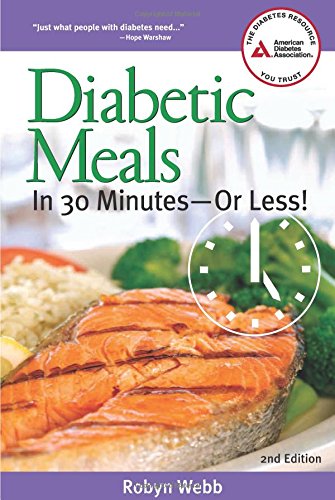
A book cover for Diabetic Meals in 30 MinutesEEor Less!; Robyn Webb M.S.; Cookbooks, Food & Wine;